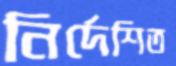
নির্দেশিত